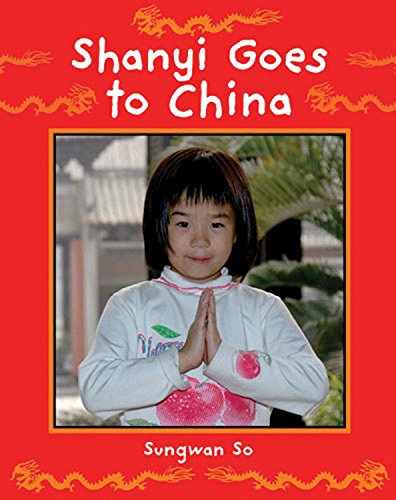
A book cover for Shanyi Goes to China (Children Return to their Roots); Children's Books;